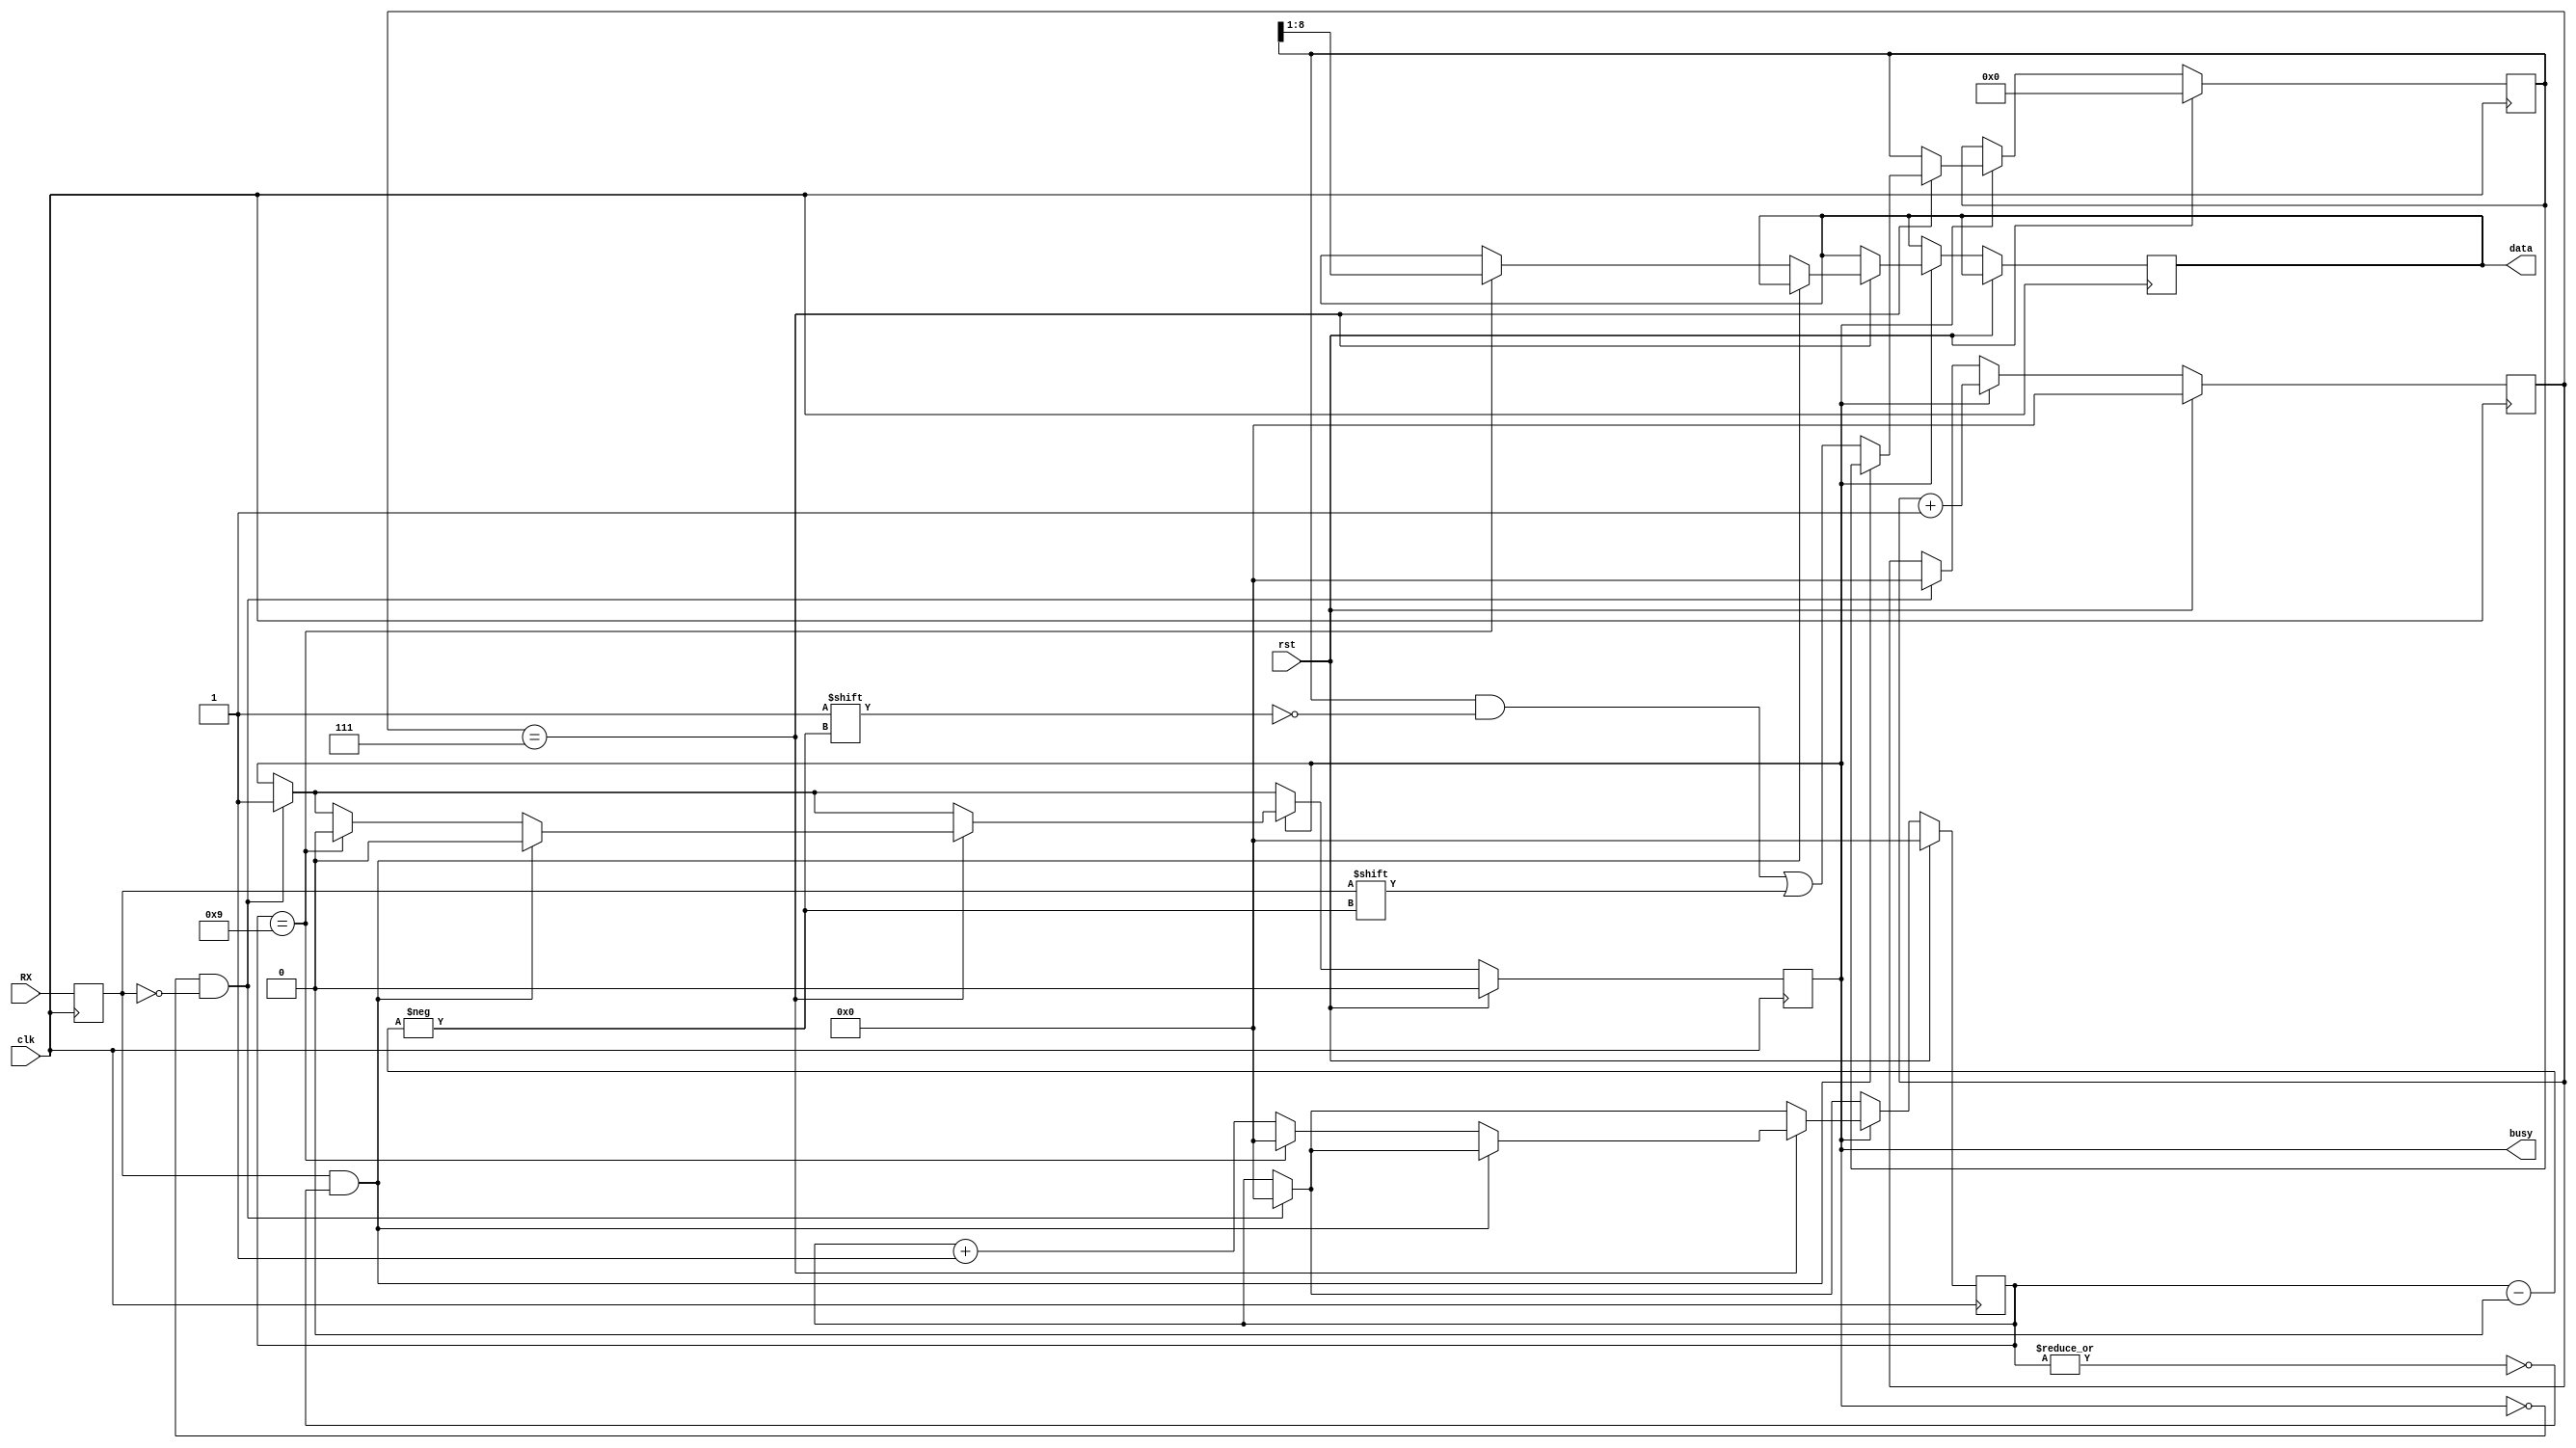
// Simple 8-bit UART receiver
// Samples input line at 16 times the baudrate

module UART_RX (
  input clk,            // 16 * baudrate
  input rst,            // enable receiver
  input RX,             // UART receive line
  output reg busy,      // high when receiving
  output reg [7:0] data // received data
);

reg RX_d;
reg [9:0] datafill;
reg [3:0] index;
reg [3:0] sampler;

always @(posedge clk) begin
  RX_d <= RX;
  if (rst) begin
    busy <= 1'b0;
    datafill <= 10'b0;
    index <= 4'b0;
    sampler <= 4'b0;
  end else begin
    if (~busy & ~RX_d) begin
      busy <= 1'b1;
      sampler <= 4'b0;
      index <= 4'b0;
    end
    if (busy) begin
      sampler <= sampler + 1'b1;
      if (sampler == 4'd7) begin
        if (RX_d & ~|index) 
          busy <= 1'b0;
        else begin
          index <= index + 1'b1;
          datafill[index] <= RX_d;
          if (index == 9) begin
            data <= datafill[8:1];
            index <= 4'b0;
            busy <= 1'b0;
          end
        end
      end
    end
  end
end

endmodule